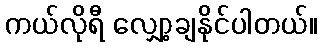
ကယ်လိုရီ လျှော့ချနိုင်ပါတယ်။